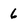
Character: 6